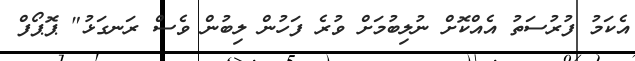
އެކަމު ފުރުސަތު އެއްކޮށް ނުލިބުމަށް ވުރެ ފަހުން ލިބުން ވެސް ރަނގަޅު" ޕޮޕޯފް